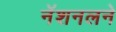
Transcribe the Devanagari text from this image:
नॅशनलने